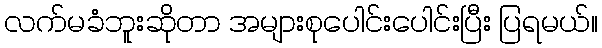
လက်မခံဘူးဆိုတာ အများစုပေါင်းပေါင်းပြီး ပြရမယ်။